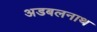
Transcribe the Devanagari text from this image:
अडबलनाथ